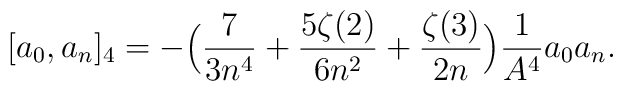
[a_{0},a_{n}]_{4}=-\Bigl({7 \over 3n^{4}}+{5\zeta(2) \over 6n^{2}}+{\zeta(3) \over 2n}\Bigr){1 \over A^{4}}a_{0}a_{n}.